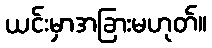
ယင်းမှာအခြားမဟုတ်။